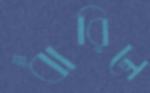
ধারিলে